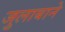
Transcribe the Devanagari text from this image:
जुलाबाने